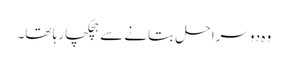
وہ دوسرا حل بتانے سے ہچکچا رہا تھا۔